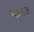
મઠવાસ